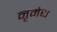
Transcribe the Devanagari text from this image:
नृमेध